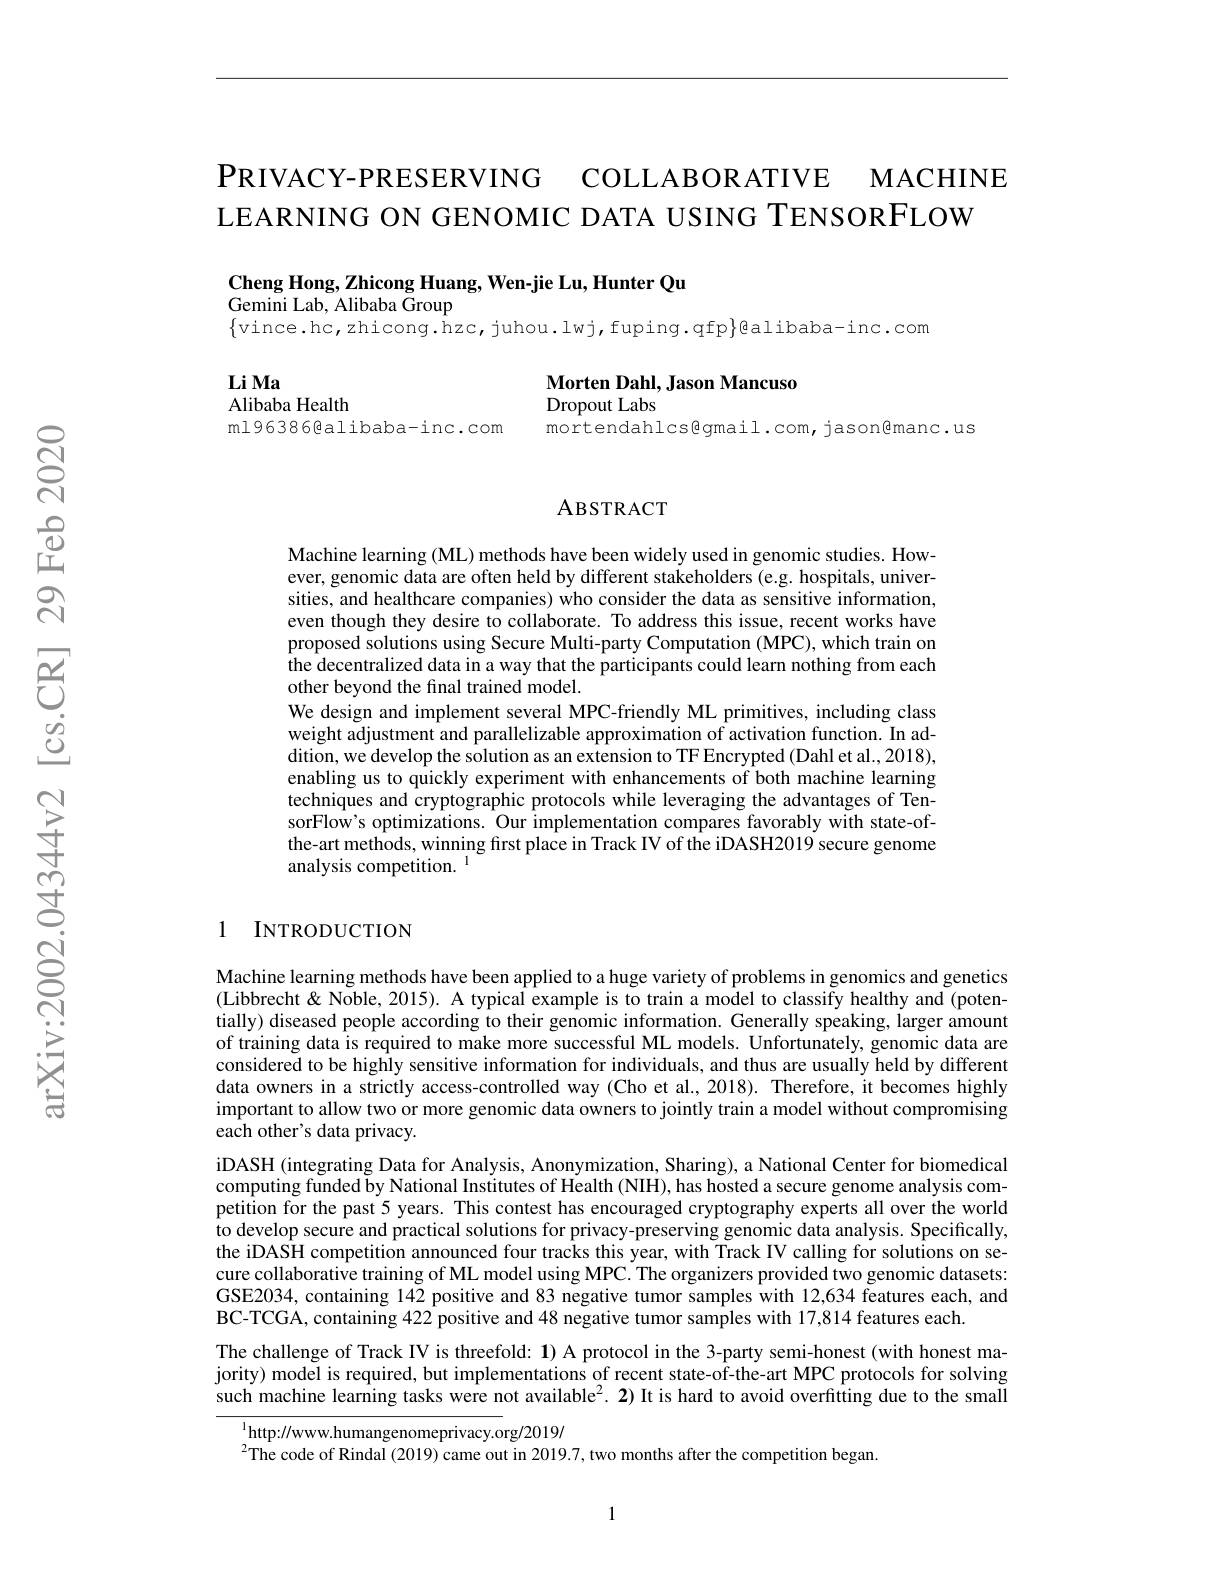
PRIVACY- PRESERVING COLLABORATIVE MACHINE
LEARNING ON GENOMIC DATA USING TENSORFLOW

$\mathbf{Cheng~Hong,~Zhicong~Huang,~Wen-jie~Lu,~Hunter~Qu}$

Gemini Lab, Alibaba Group

$\{$vince.hc,zhicong.hzc,juhou.lwj,fuping.qfp$\}$@alibaba-inc.com

Li Ma
Alibaba Health

Morten Dahl, Jason Mancuso
Dropout Labs

ml96386@alibaba-inc.com

mortendahlcs@gmail.com,jason@manc.us

### ABSTRACT

Machine learning (ML) methods have been widely used in genomic studies. However, genomic data are often held by different stakeholders (e.g. hospitals, universities, and healthcare companies) who consider the data as sensitive information, even though they desire to collaborate. To address this issue, recent works have proposed solutions using Secure Multi-party Computation (MPC), which train on the decentralized data in a way that the participants could learn nothing from each other beyond the final trained model.
We design and implement several MPC-friendly ML primitives, including class weight adjustment and parallelizable approximation of activation function. In addition, we develop the solution as an extension to TF Encrypted (Dahl et al., 2018), enabling us to quickly experiment with enhancements of both machine learning techniques and cryptographic protocols while leveraging the advantages of TensorFlow's optimizations. Our implementation compares favorably with state-ofthe-art methods, winning first place in Track IV of the iDASH2019 secure genome analysis competition. $^{\mathrm{l}}$

## 1 INTRODUCTION

Machine learning methods have been applied to a huge variety of problems in genomics and genetics (Libbrecht & Noble, 2015). A typical example is to train a model to classify healthy and (potentially) diseased people according to their genomic information. Generally speaking, larger amount of training data is required to make more successful ML models. Unfortunately, genomic data are considered to be highly sensitive information for individuals, and thus are usually held by different data owners in a strictly access-controlled way (Cho et al.,2018). Therefore, it becomes highly important to allow two or more genomic data owners to jointly train a model without compromising each other's data privacy.
iDASH (integrating Data for Analysis, Anonymization, Sharing), a National Center for biomedical computing funded by National Institutes of Health (NIH), has hosted a secure genome analysis competition for the past 5 years. This contest has encouraged cryptography experts all over the world to develop secure and practical solutions for privacy-preserving genomic data analysis. Specifically, the iDASH competition announced four tracks this year, with Track IV calling for solutions on secure collaborative training of ML model using MPC. The organizers provided two genomic datasets: GSE2034, containing $14\tilde{2}$ positive and 83 negative tumor samples with 12,634 features each, and BC-TCGA, containing $422\hat{\text{positive and }48\text{ negative tumor samples with 17,814 features each.}}$
The challenge of Track IV is threefold: $\mathbf{1})$ A protocol in the 3-party semi-honest (with honest majority) model is required, but implementations of recent state-of-the-art MPC protocols for solving such machine learning tasks were not available$^2.2)$ It is hard to avoid overfitting due to the small
http: / / www. humangenomeprivacy. org/ 2019/

$^{2}$The code of Rindal (2019) came out in 2019.7, two months after the competition began.

1